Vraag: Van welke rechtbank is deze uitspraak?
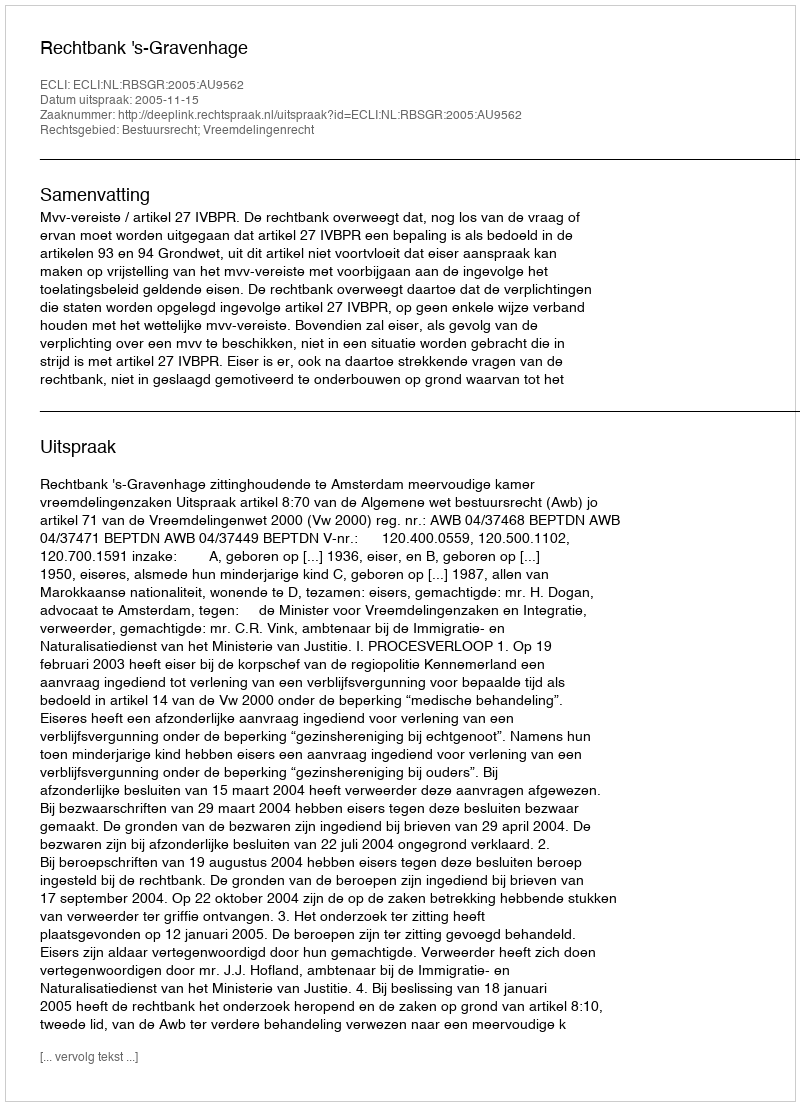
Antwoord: Rechtbank 's-Gravenhage